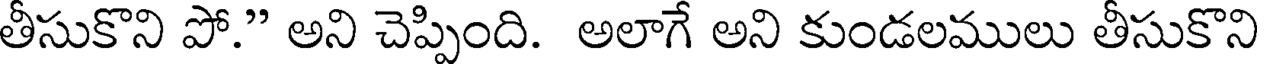
తీసుకొని పో." అని చెప్పింది. అలాగే అని కుండలములు తీసుకొని